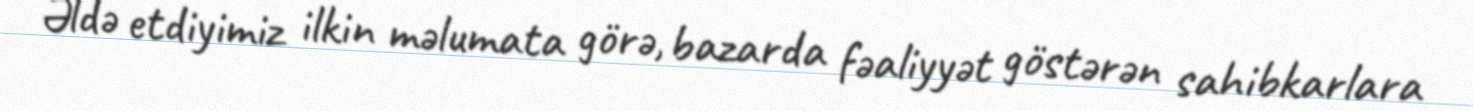
Əldə etdiyimiz ilkin məlumata görə, bazarda fəaliyyət göstərən sahibkarlara